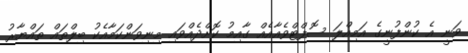
ވަނީ އެ ކުންފުނީގެ އަމިއްލަ ސޮފްޓްވެއާއެއް ގާއިމު ކޮށްދެއްވައި މިނިވަންކަމާއެކު ބިލްތައް ތައްޔާރު